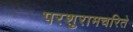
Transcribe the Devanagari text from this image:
परशुरामचरिते